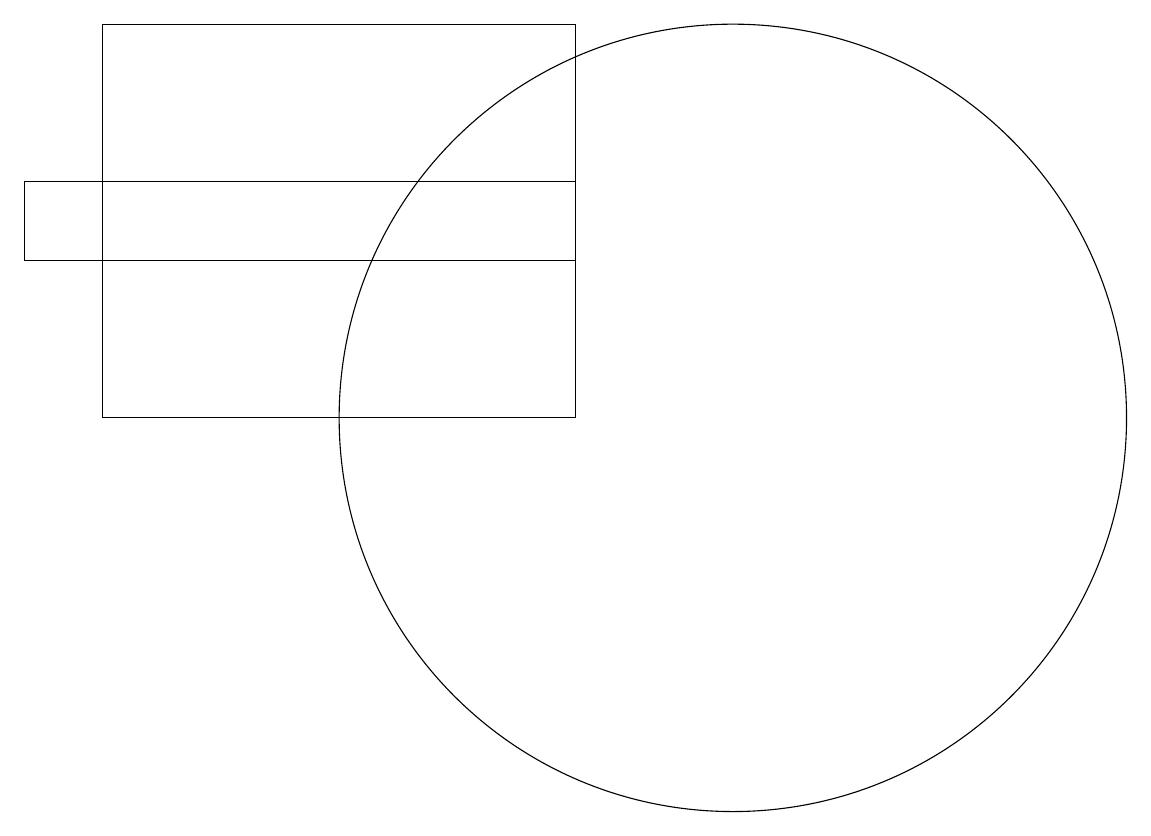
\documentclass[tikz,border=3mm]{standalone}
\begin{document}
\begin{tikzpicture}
\draw (2,13) rectangle (9,14);
\draw (11,11) circle (5);
\draw (9,16) rectangle (3,11);
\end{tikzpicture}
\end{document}